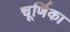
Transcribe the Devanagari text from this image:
चूर्णिका